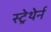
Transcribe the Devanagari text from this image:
स्ट्रेथेर्न